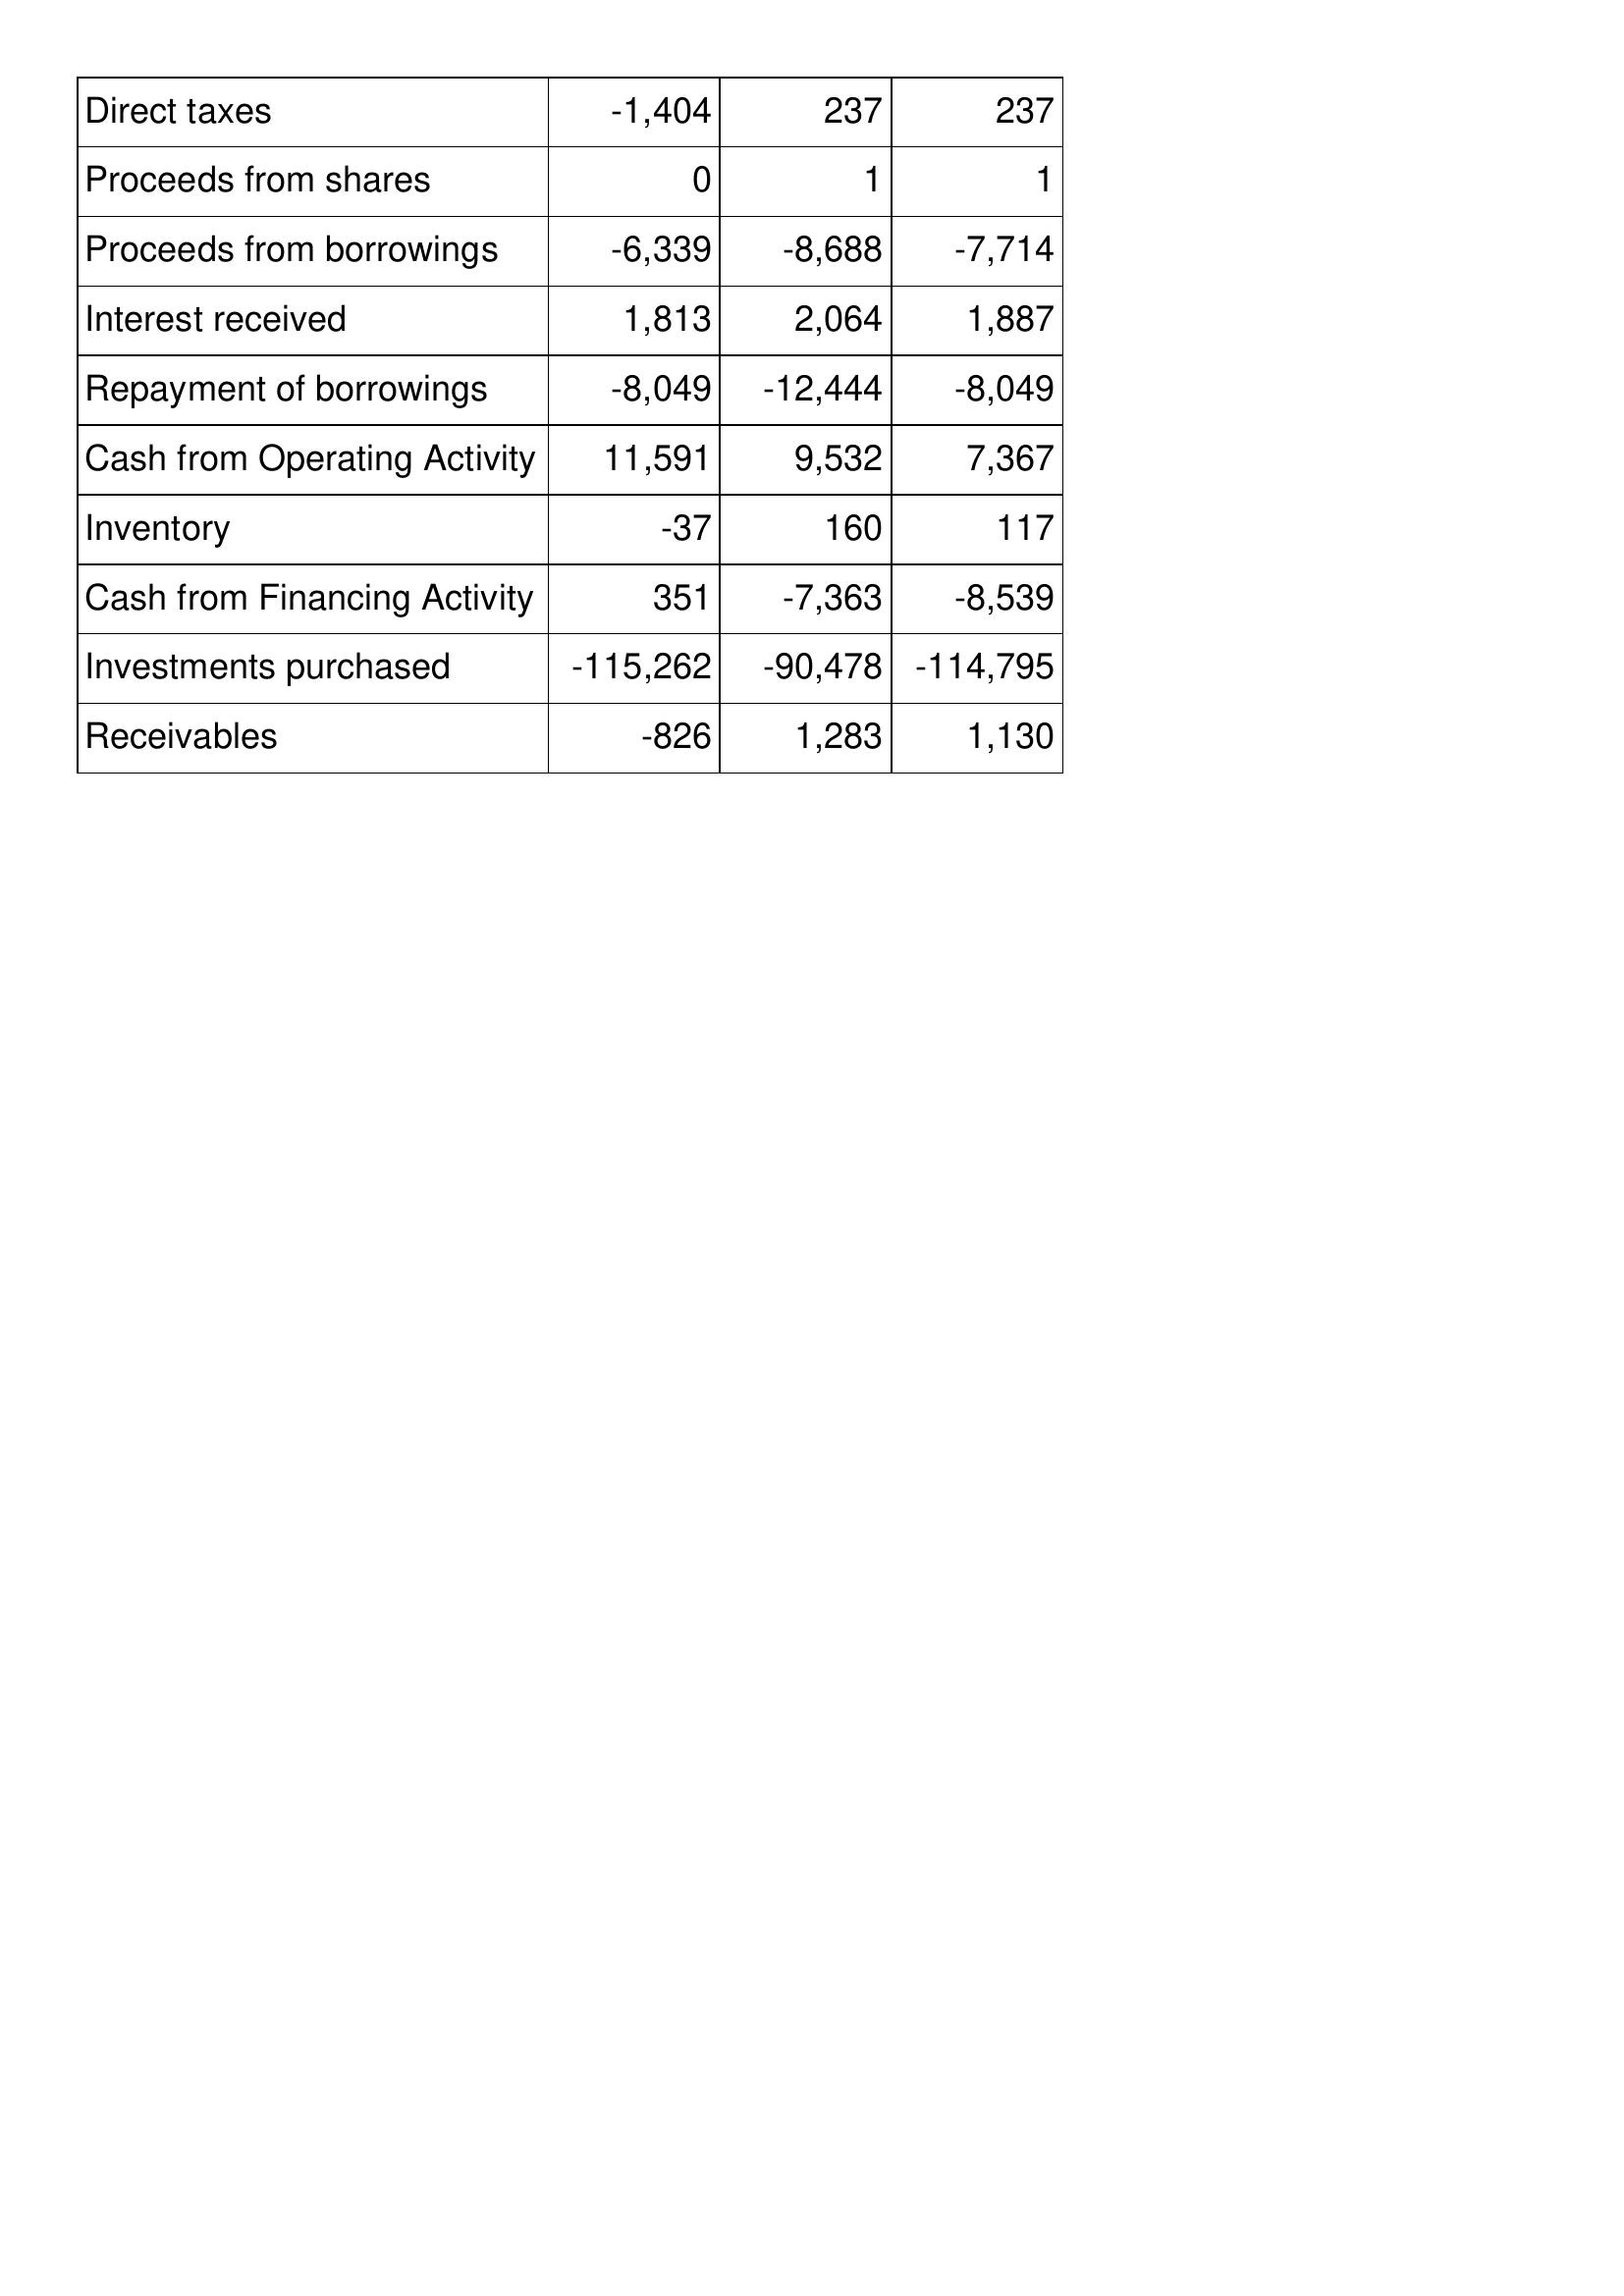
Jan-08: Cash Flows: Direct taxes: -1,404
Proceeds from shares: 0
Proceeds from borrowings: -6,339
Interest received: 1,813
Repayment of borrowings: -8,049
Cash from Operating Activity: 11,591
Inventory: -37
Cash from Financing Activity: 351
Investments purchased: -115,262
Receivables: -826
Jan-09: Cash Flows: Direct taxes: 237
Proceeds from shares: 1
Proceeds from borrowings: -8,688
Interest received: 2,064
Repayment of borrowings: -12,444
Cash from Operating Activity: 9,532
Inventory: 160
Cash from Financing Activity: -7,363
Investments purchased: -90,478
Receivables: 1,283
Jan-10: Cash Flows: Direct taxes: 237
Proceeds from shares: 1
Proceeds from borrowings: -7,714
Interest received: 1,887
Repayment of borrowings: -8,049
Cash from Operating Activity: 7,367
Inventory: 117
Cash from Financing Activity: -8,539
Investments purchased: -114,795
Receivables: 1,130